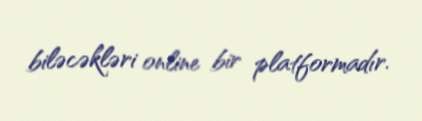
biləcəkləri online bir platformadır.